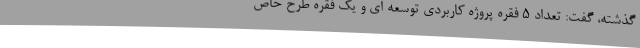
گذشته، گفت: تعداد 5 فقره پروژه کاربردی توسعه ای و یک فقره طرح خاص